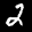
Label: 2